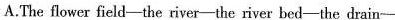
A.The flower field-the river-the river bed-the drain-